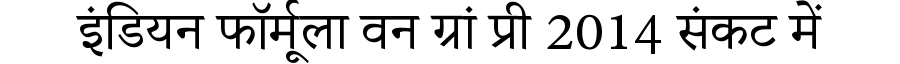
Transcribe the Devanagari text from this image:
इंडियन फॉर्मूला वन ग्रां प्री 2014 संकट में